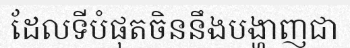
ដែលទីបំផុតចិននឹងបង្ហាញជា